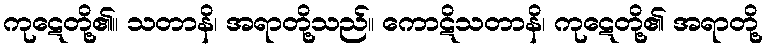
ကုဋေတို့၏။ သတာနိ၊ အရာတို့သည်။ ကောဋိသတာနိ၊ ကုဋေတို့၏ အရာတို့